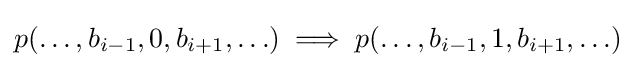
p(\ldots ,b_{i-1},0,b_{i+1},\ldots )\implies p(\ldots ,b_{i-1},1,b_{i+1},\ldots )